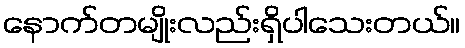
နောက်တမျိုးလည်းရှိပါသေးတယ်။